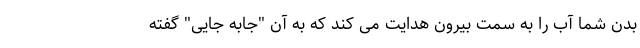
بدن شما آب را به سمت بیرون هدایت می کند که به آن "جابه جایی" گفته